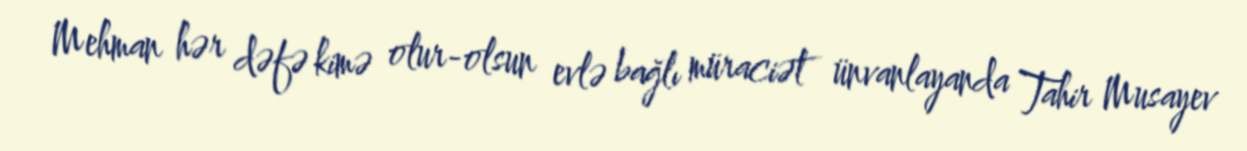
Mehman hər dəfə kimə olur-olsun evlə bağlı müraciət ünvanlayanda Tahir Musayev